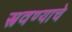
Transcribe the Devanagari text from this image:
स्त्रवण्याचे